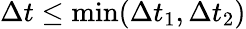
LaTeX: \Delta t\leq\operatorname*{min}(\Delta t_{1},\Delta t_{2})